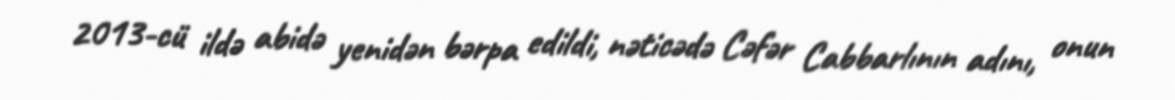
2013-cü ildə abidə yenidən bərpa edildi, nəticədə Cəfər Cabbarlının adını, onun